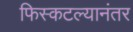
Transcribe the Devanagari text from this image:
फिस्कटल्यानंतर